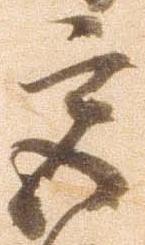
宮